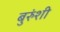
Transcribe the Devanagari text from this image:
बुरुंशी